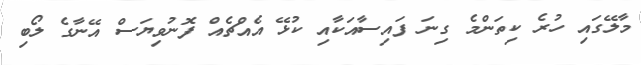
މާލޭގައި ހުރެ ކިތަންމެ ގިނަ ފައިސާއަކާއި ކުޅޭ އެއްޗެއް ފޮނުވިޔަސް އޭނާގެ ލޯބި